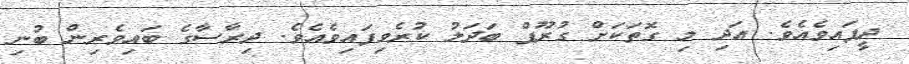
ދީފައިވެއެވެ. އަދި މި ގޮތަކަށް ގުރޫޕް ބަދަލު ކުރެވިފައިވެއެވެ. ދިރާސާގެ ބައިވެރިން ބުނި